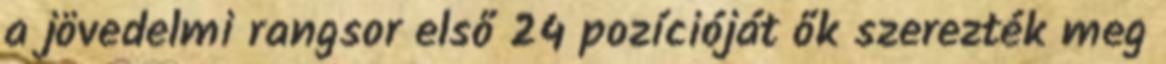
a jövedelmi rangsor első 24 pozícióját ők szerezték meg